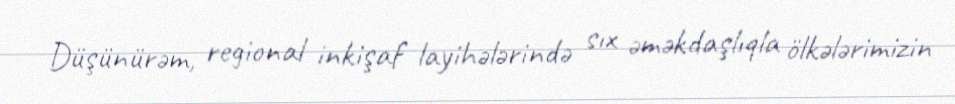
Düşünürəm, regional inkişaf layihələrində sıx əməkdaşlıqla ölkələrimizin